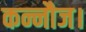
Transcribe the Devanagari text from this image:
कन्नौज।